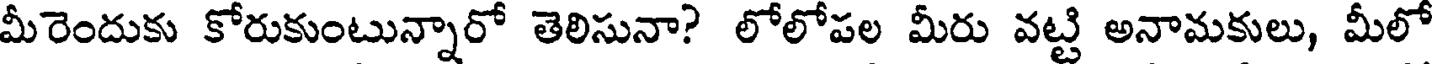
మీరెందుకు కోరుకుంటున్నారో తెలిసునా? లోలోపల మీరు వట్టి అనామకులు, మీలో